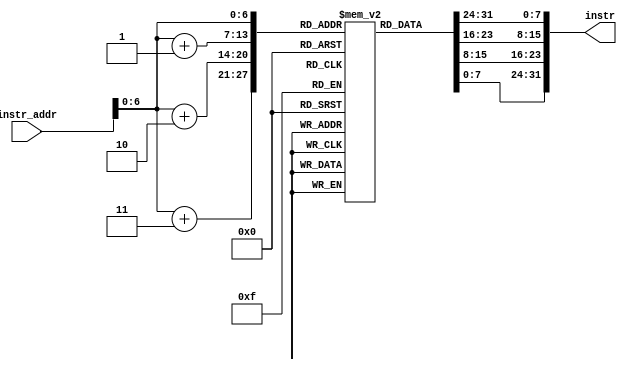
/*
 *	Template for Project 2 Part 3
 *	Copyright (C) 2022  Chen Chia Yi or any person belong ESSLab.
 *	All Right Reserved.
 *
 *	This program is free software: you can redistribute it and/or modify
 *	it under the terms of the GNU General Public License as published by
 *	the Free Software Foundation, either version 3 of the License, or
 *	(at your option) any later version.
 *
 *	This program is distributed in the hope that it will be useful,
 *	but WITHOUT ANY WARRANTY; without even the implied warranty of
 *	MERCHANTABILITY or FITNESS FOR A PARTICULAR PURPOSE.  See the
 *	GNU General Public License for more details.
 *
 *	You should have received a copy of the GNU General Public License
 *	along with this program.  If not, see <https://www.gnu.org/licenses/>.
 *
 *	This file is for people who have taken the cource (1102 Computer
 *	Organizarion) to use.
 *	We (ESSLab) are not responsible for any illegal use.
 *
 */
 
/*
 * Macro of size declaration of instruction memory
 * CAUTION: DONT MODIFY THE NAME AND VALUE.
 */
`define INSTR_MEM_SIZE	128	// Bytes

/*
 * Declaration of Instruction Memory for this project.
 * CAUTION: DONT MODIFY THE NAME.
 */
module IM(
	// Outputs
	output wire [31:0]instr,
	// Inputs
	input [31:0]instr_addr

);

	/* 
	 * Declaration of instruction memory.
	 * CAUTION: DONT MODIFY THE NAME AND SIZE.
	 */
	reg [7:0]InstrMem[0:`INSTR_MEM_SIZE - 1];

	//Big endian
	assign instr = {InstrMem[instr_addr], InstrMem[instr_addr + 1], InstrMem[instr_addr + 2], InstrMem[instr_addr + 3]};
endmodule